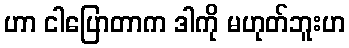
ဟာ ငါပြောတာက ဒါကို မဟုတ်ဘူးဟ